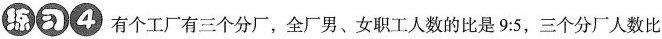
练习4 有个工厂有三个分厂，全厂男、女职工人数的比是$$9:5$$，三个分厂人数比